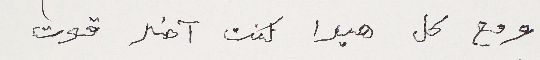
ومع كل هيدا كنت آخد قوت